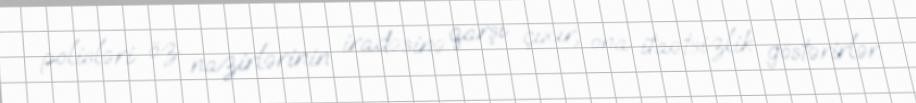
polisləri öz nazirlərinin iradəsinə qarşı çıxır, ona itaətsizlik göstərirlər.